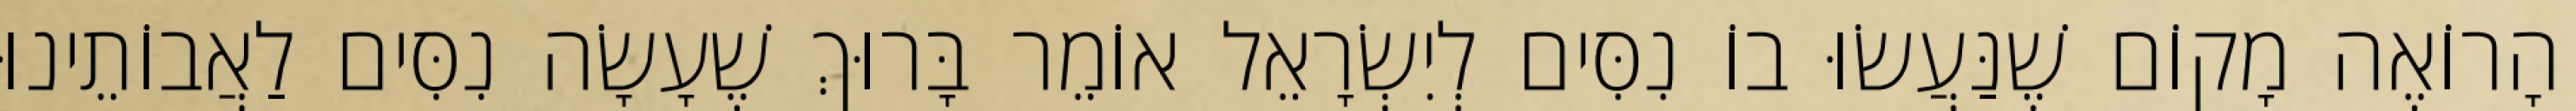
הָרוֹאֶה מָקוֹם שֶׁנַּעֲשׂוּ בוֹ נִסִּים לְיִשְׂרָאֵל אוֹמֵר בָּרוּךְ שֶׁעָשָׂה נִסִּים לַאֲבוֹתֵינוּ